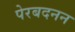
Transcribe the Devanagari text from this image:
पेरबदनन